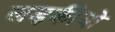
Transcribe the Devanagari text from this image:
लड़कीयो